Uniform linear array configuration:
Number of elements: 16
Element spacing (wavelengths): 1
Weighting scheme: cosine
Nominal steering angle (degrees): -15
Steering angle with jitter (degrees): -14.936
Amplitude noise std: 0.05
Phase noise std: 0.05

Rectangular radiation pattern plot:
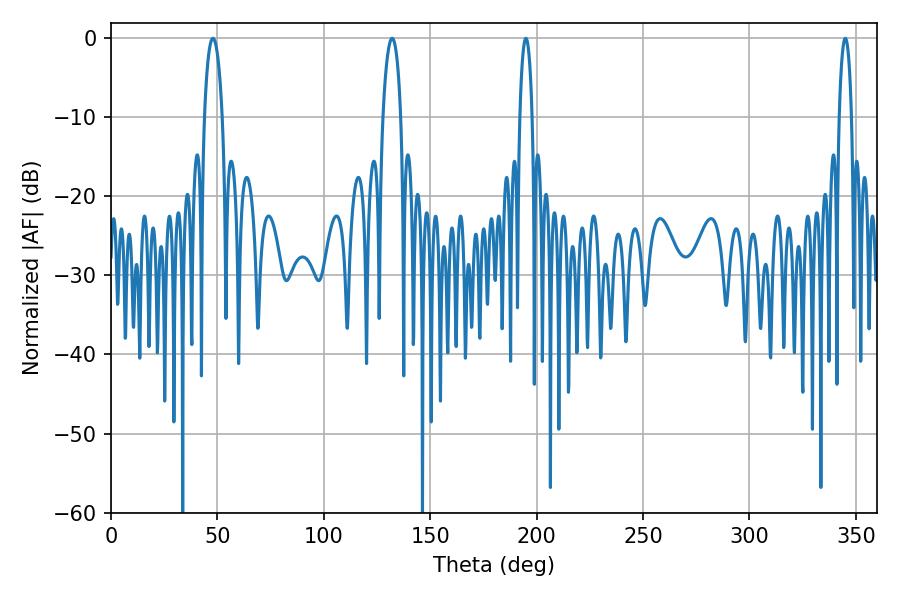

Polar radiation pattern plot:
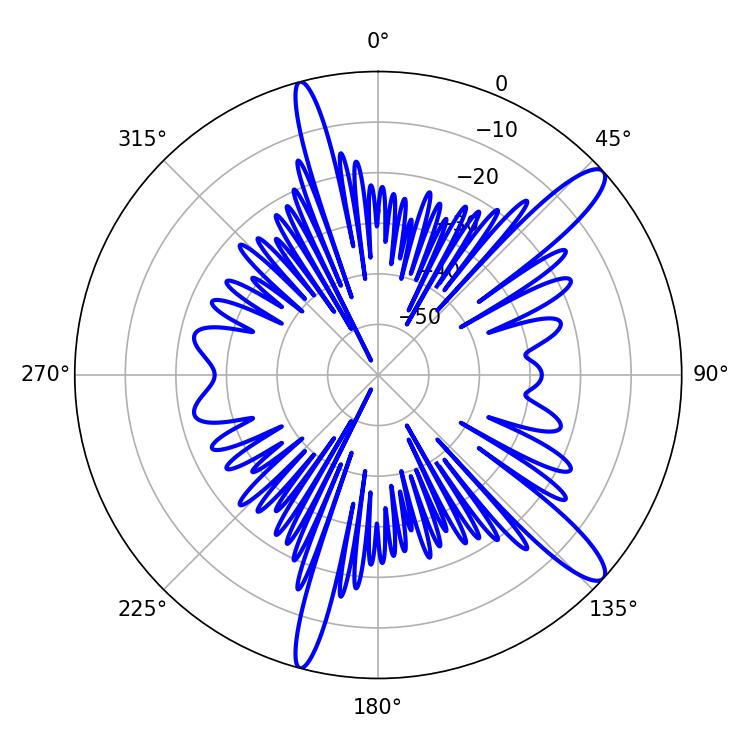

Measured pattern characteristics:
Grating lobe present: TRUE
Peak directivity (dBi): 12.866
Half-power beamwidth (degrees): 4.86
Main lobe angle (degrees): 47.88